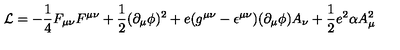
{ \cal L } = - \frac { 1 } { 4 } F _ { \mu \nu } F ^ { \mu \nu } + \frac { 1 } { 2 } ( \partial _ { \mu } \phi ) ^ { 2 } + e ( g ^ { \mu \nu } - \epsilon ^ { \mu \nu } ) ( \partial _ { \mu } \phi ) A _ { \nu } + \frac { 1 } { 2 } e ^ { 2 } \alpha A _ { \mu } ^ { 2 }